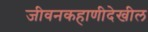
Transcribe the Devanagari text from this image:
जीवनकहाणीदेखील